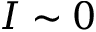
I \sim 0